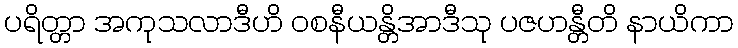
ပရိတ္တာ အကုသလာဒီဟိ ဝစနီယန္တိအာဒီသု ပဇဟန္တီတိ နာယိကာ